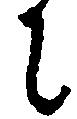
に